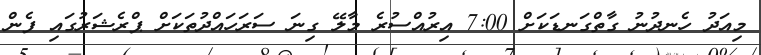
މިއަދު ހެނދުނު ގާތްގަނޑަކަށް 7:00 އިރުއްސުރެ މާލޭ ގިނަ ސަރަހައްދުތަކަށް ޕްރެޝަރުގައި ފެން